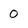
Character: 0